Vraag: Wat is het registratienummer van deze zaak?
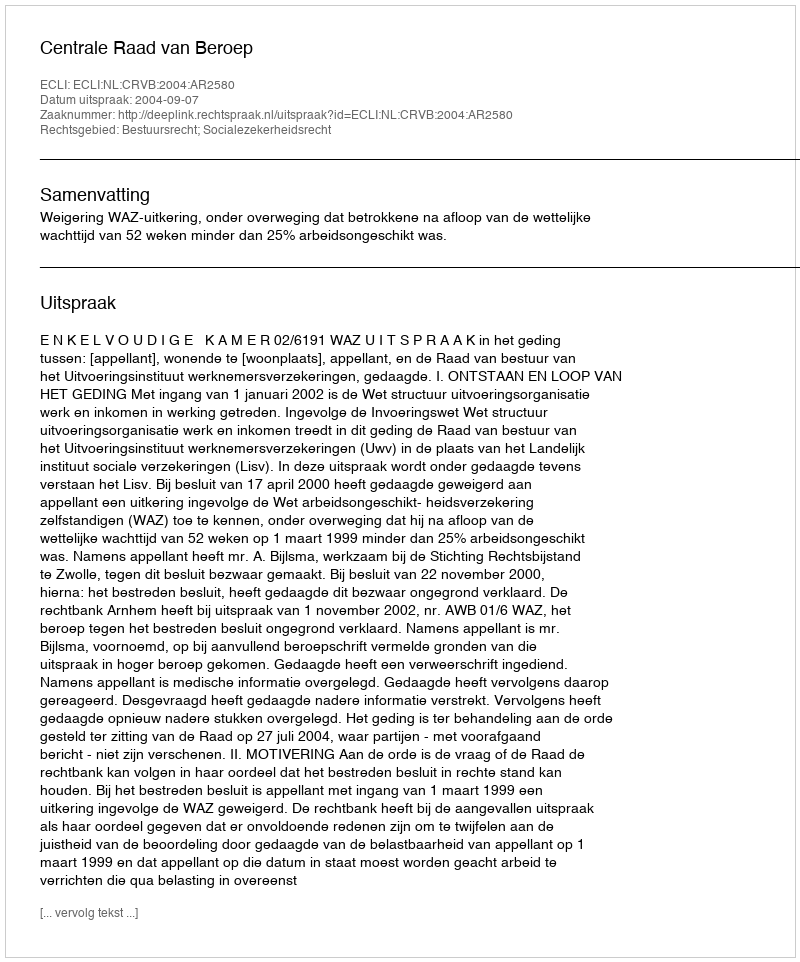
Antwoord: http://deeplink.rechtspraak.nl/uitspraak?id=ECLI:NL:CRVB:2004:AR2580